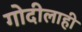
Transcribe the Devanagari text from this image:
गोदीलाही